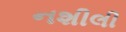
નશીલી